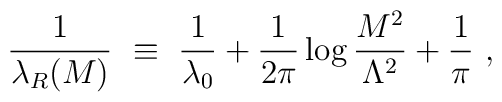
\frac{1}{\lambda_R (M) } ~\equiv ~ \frac{1}{\lambda_0}      + \frac{1}{2\pi}  \log \frac{M^2}{\Lambda^2}       + \frac{1}{\pi} ~,